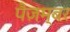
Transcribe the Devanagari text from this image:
पैज़म्बर